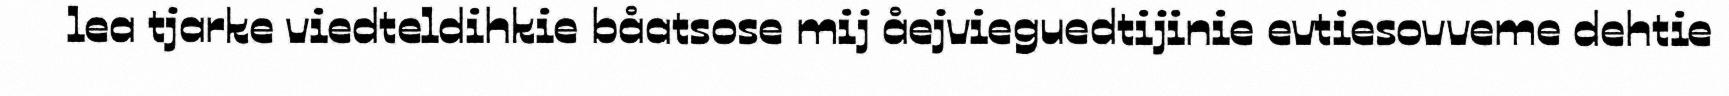
lea tjarke viedteldihkie båatsose mij åejvieguedtijinie evtiesovveme dehtie